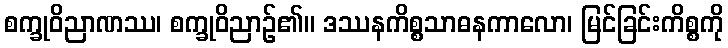
စက္ခုဝိညာဏဿ၊ စက္ခုဝိညာဉ်၏။ ဒဿနကိစ္စသာဓနကာလော၊ မြင်ခြင်းကိစ္စကို